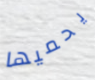
يحميها